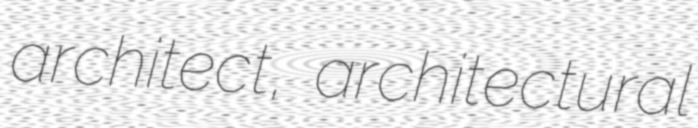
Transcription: architect, architectural